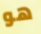
هو